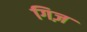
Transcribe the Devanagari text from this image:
गिज़